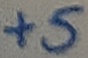
Text: +5